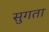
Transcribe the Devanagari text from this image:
सुगता